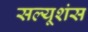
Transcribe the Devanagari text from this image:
सल्यूशंस